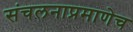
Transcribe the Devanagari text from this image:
संचलनाप्रमाणेच